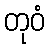
တုဝံ